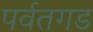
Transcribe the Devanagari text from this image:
पर्वतगड